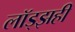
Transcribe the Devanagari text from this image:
लॉड्झही